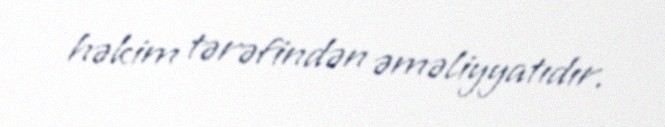
həkim tərəfindən əməliyyatıdır.